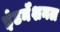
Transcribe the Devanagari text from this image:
इंटर्नॅशनल